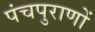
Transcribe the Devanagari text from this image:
पंचपुराणों